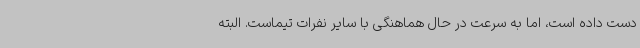
دست داده است، اما به سرعت در حال هماهنگی با سایر نفرات تیماست. البته